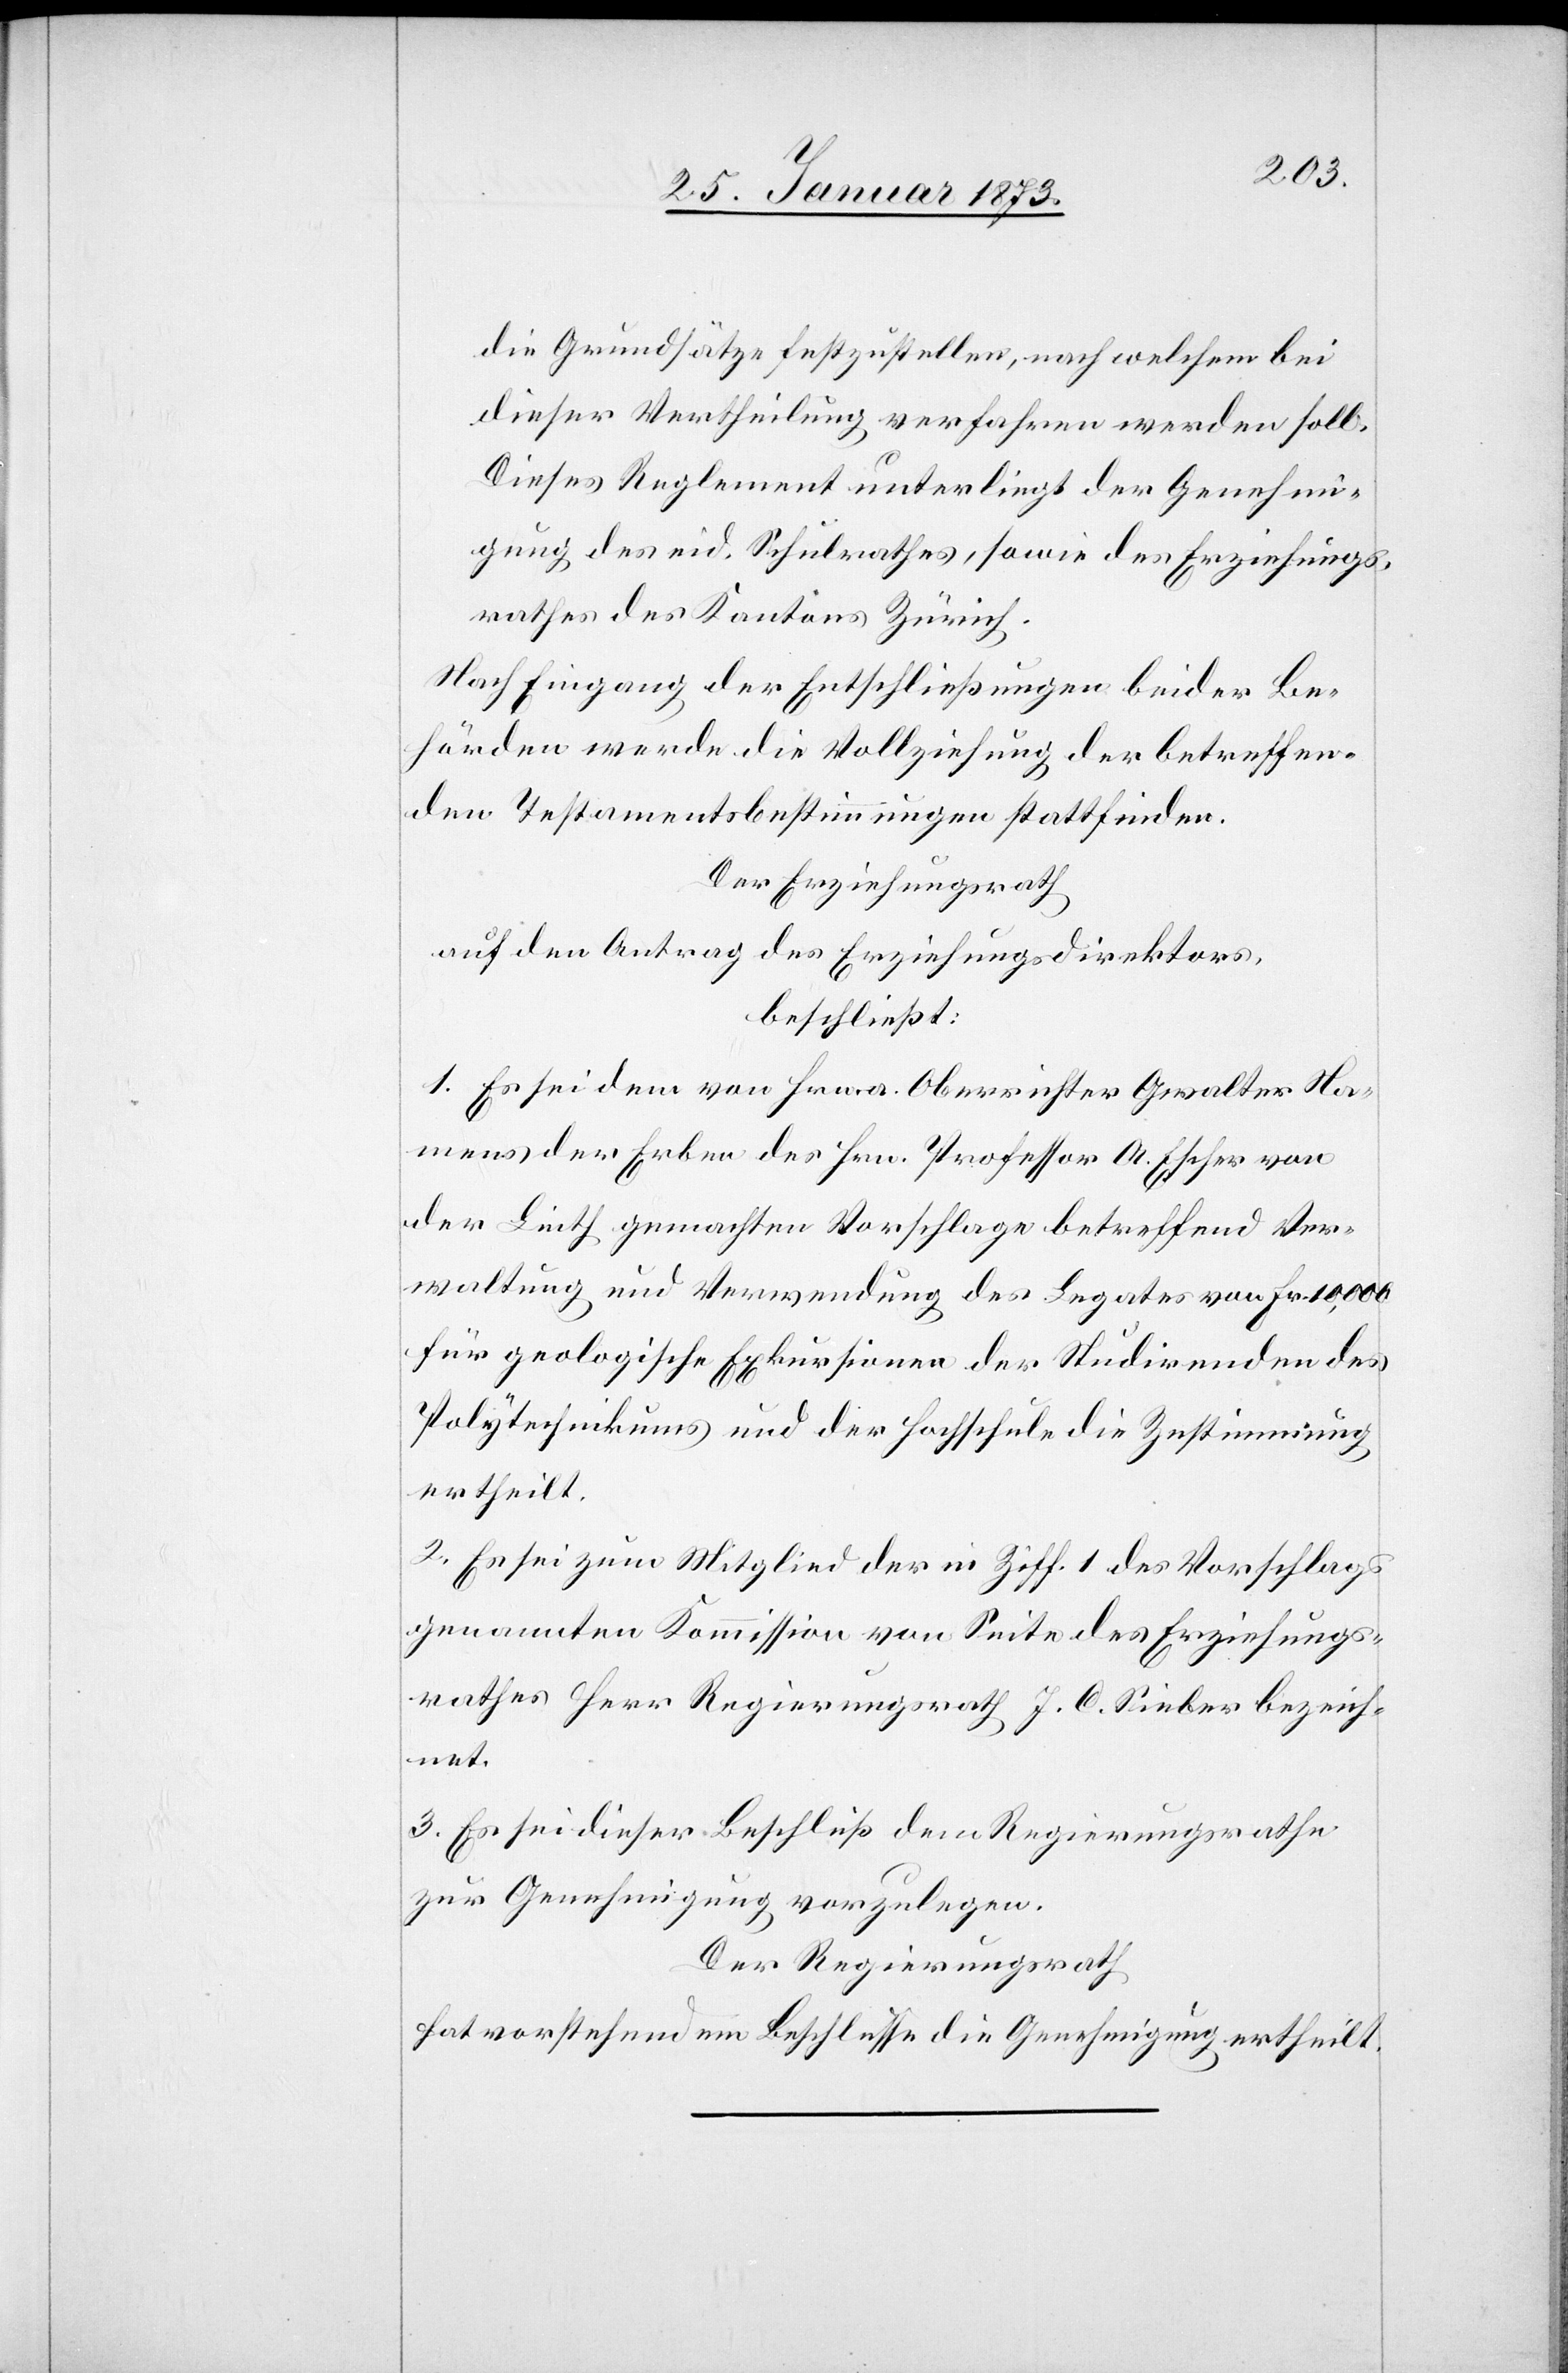
die Grundsätze festzustellen, nach welchem bei
dieser Vertheilung verfahren werden soll.
Dieses Reglement unterliegt der Genehmi¬
gung des eid. Schulrathes, sowie des Erziehungs¬
rathes des Kantons Zürich.
Nach Eingang der Entschließungen beider Be¬
hörden werde die Vollziehung der betreffen¬
den Testamentsbestimmungen stattfinden.
Der Erziehungsrath
auf den Antrag des Erziehungsdirektors,
beschließt:
1. Es sei dem von Herr Oberrichter Gwalter Na¬
mens der Erben des Hrn. Professor A. Escher von
der Linth gemachten Vorschlage betreffend Ver¬
waltung und Verwendung des Legates von Fr. 10,000
für geologische Exkursionen der Studirenden des
Polytechnikums und der Hochschule die Zustimmung
ertheilt.
2. Es sei zum Mitglied der in Ziff. 1 des Vorschlags
genannten Kommission von Seite des Erziehungs¬
rathes Herr Regierungsrath J. C. Sieber bezeich¬
net.
3. Es sei dieser Beschluß dem Regierungsrathe
zur Genehmigung vorzulegen.
Der Regierungsrath
hat vorstehendem Beschlusse die Genehmigung ertheilt.